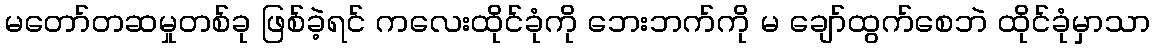
မတော်တဆမှုတစ်ခု ဖြစ်ခဲ့ရင် ကလေးထိုင်ခုံကို ဘေးဘက်ကို မ ချော်ထွက်စေဘဲ ထိုင်ခုံမှာသာ